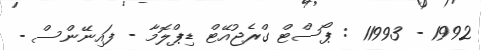
1992 - 11993 : ޕޯސްޓް ގްރެޖުއޭޓް ޑިޕްލޮމާ - ފައިނޭންސް -